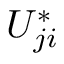
U _ { j i } ^ { * }